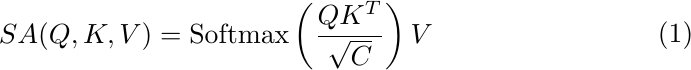
\begin{equation}
\begin{aligned}
\label{deqn_ex1a}
SA(Q, K, V)=\operatorname{Softmax}\left(\frac{Q K^T}{\sqrt{C}}\right) V
\end{aligned}
\end{equation}